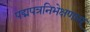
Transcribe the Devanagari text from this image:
पद्मपत्रनिभेक्षणाम्